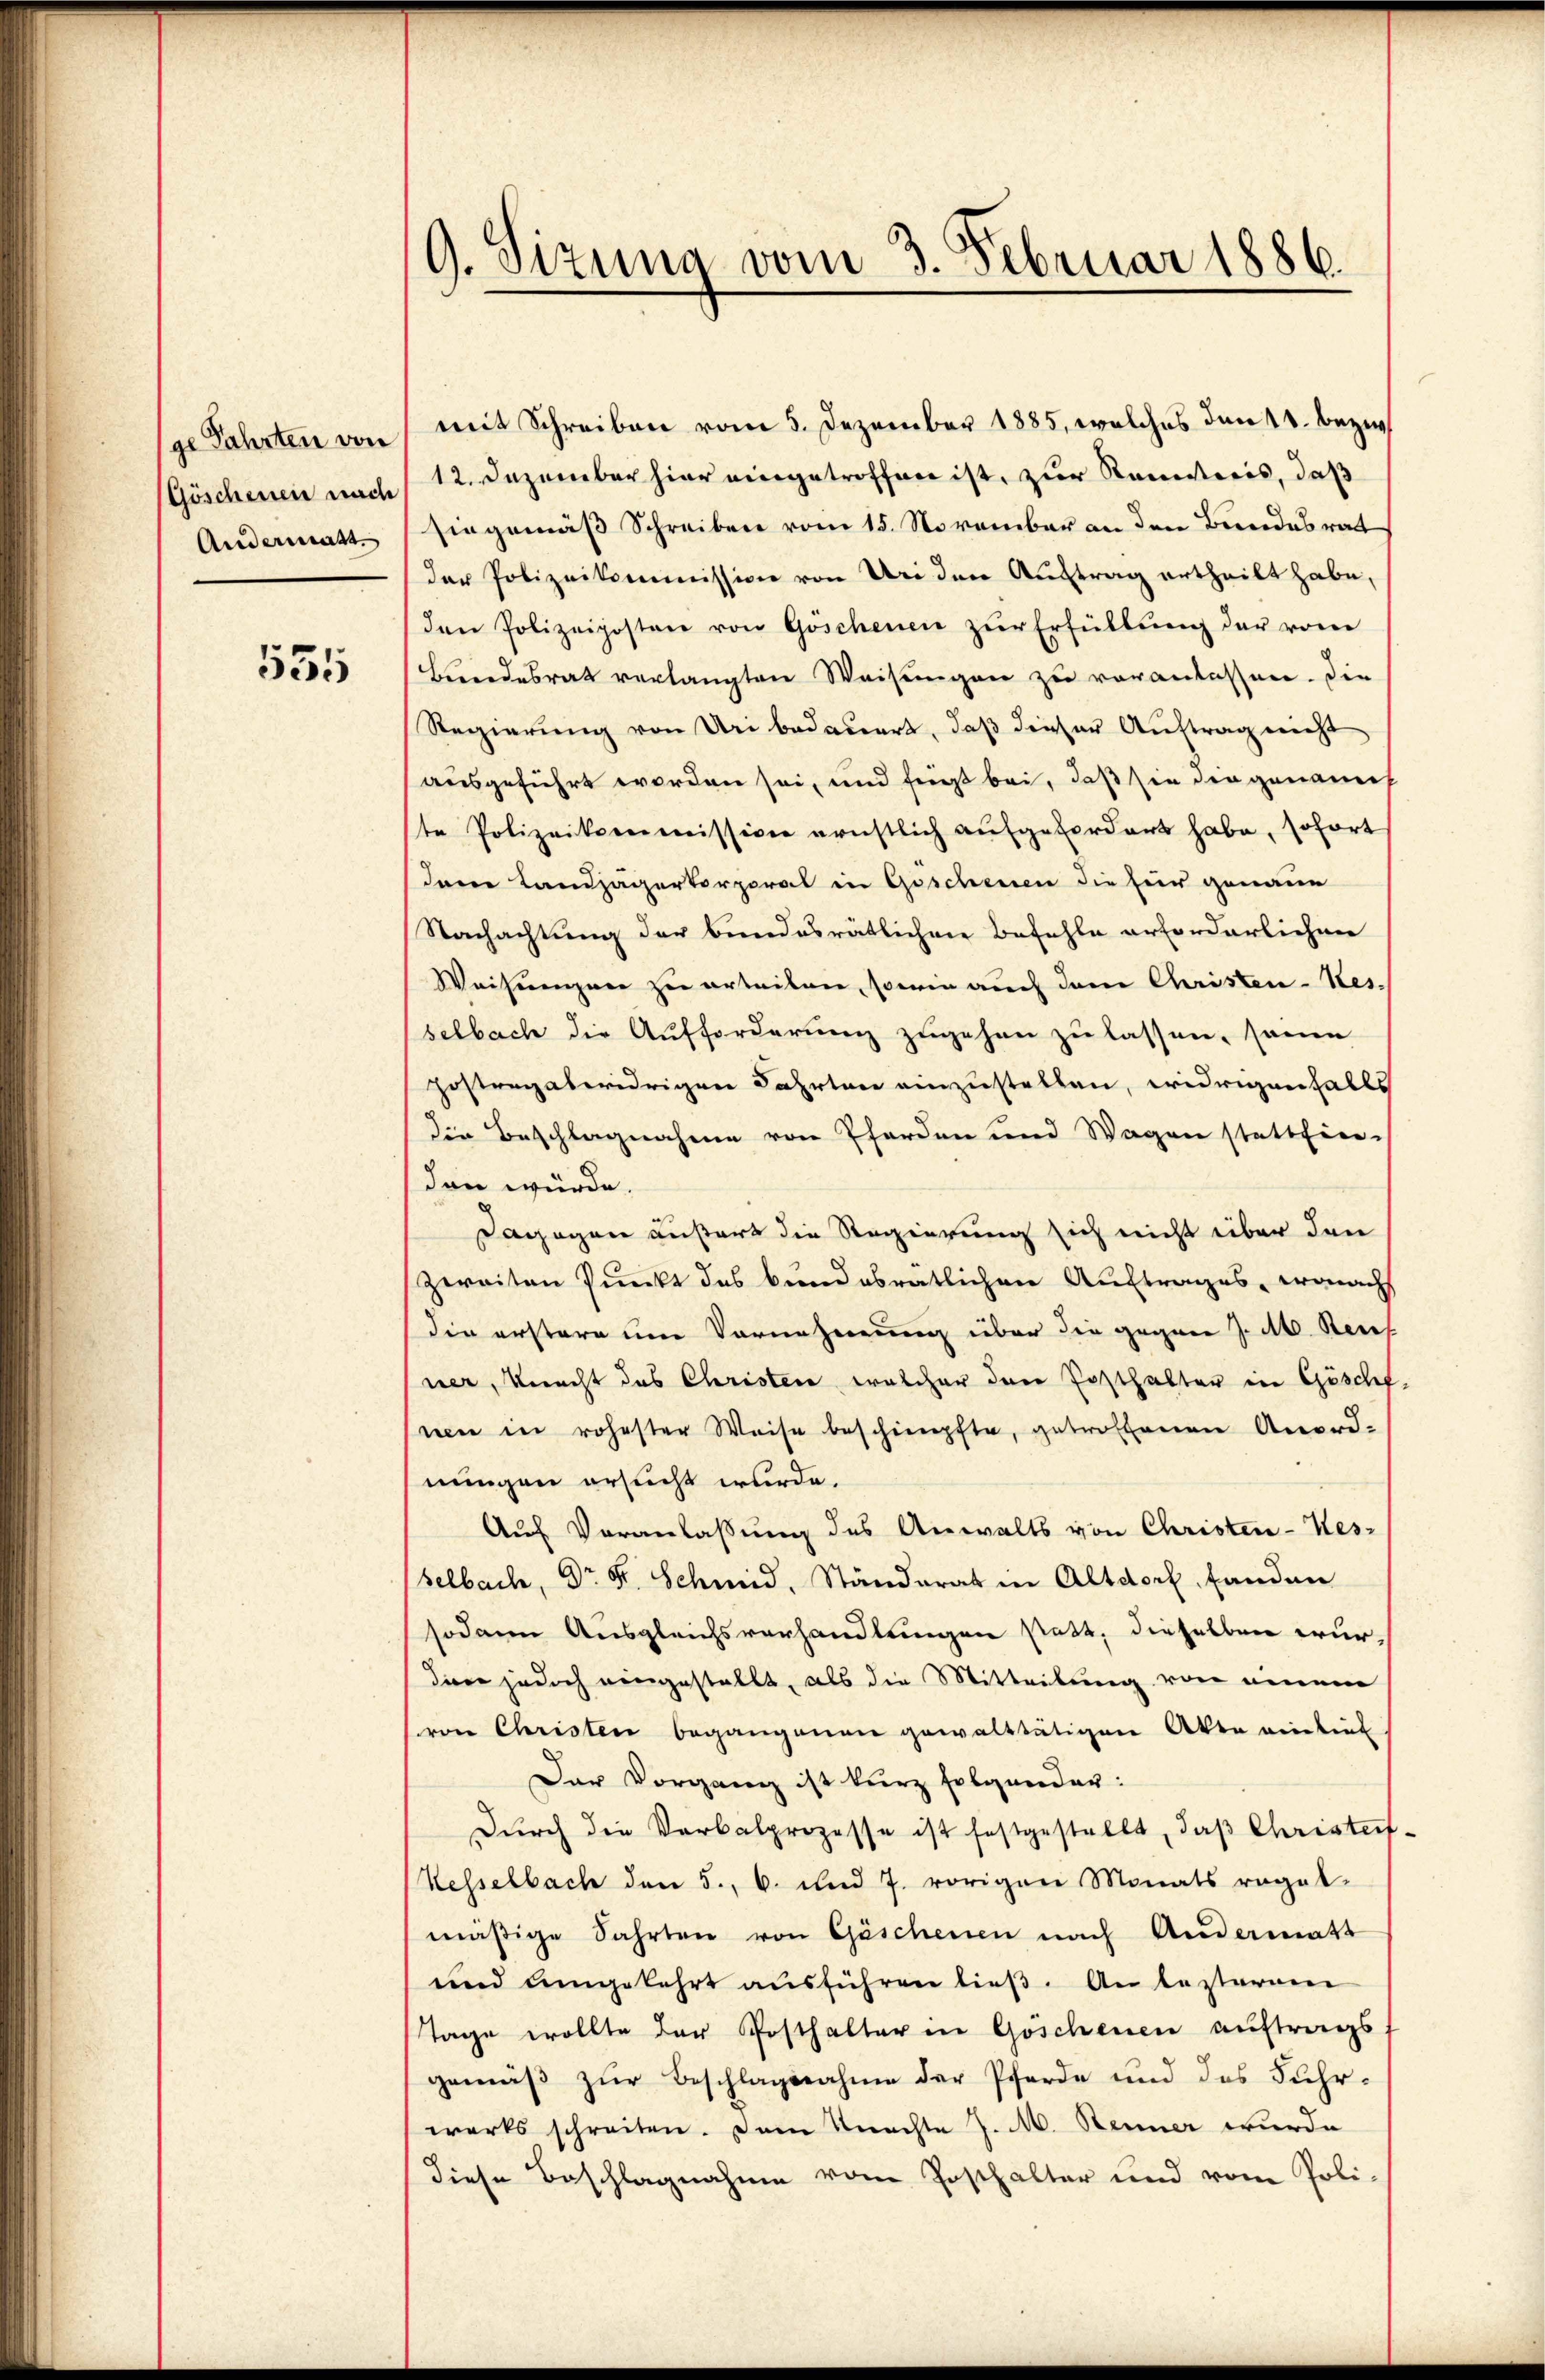
ge Fahrten von
(Göschenen nach
Andermatt.

535

9. Sizung vom 3. Februar 1886.

mit Schreiben vom 5. Dezember 1885, welches den 18. Bezi
12. Dezember hier eingetroffen ist, zur Renitoris, daß
siegemäß Schreiben vom 15. November an den Bundesrat
der Polizeikommission von Uri den Auftrag ertheilt habe,
den Polizeiposten von Göschenen zŭr Erfüllŭng der vom
Bundesrat verlangten Weisungen zu veranlassen. Die
Regierung von Uri bedauert, daß dieser Auftrag nicht
ausgeführt worden sei, und fügt bei, daß sie die genannt
ste Polizeikommissiven ernstlich aufgefordert habe, sofort
Jene Landjägerkorporal in Geschenen die für genaue
Nachachtung der bundesrätlicher Befehle erforderlichen
Weisungen zu erteilen, sowie auch dem Christen-Kes-
selbach die Aufforderung zugehen zu lassen, sonn
gostrag aberidrigen Fahrten einzustellen, widrigenfalls
die Beschlagnahme von Pferden und Wagen statthier-
dann würde.
Dagegen äußert die Regierung sich nicht über den
zweiten Punkt des bundesrätlichen Auftrages, wonach
die erstere um Vornehmung über die gegen J. M. Reces
ner, Knecht des Christen, welcher den Posthalter in Göschf.
uen in rohester Weise beschimpfte, getroffenen Anord-
nungen ersucht wurde.
Auf Veranlassung des Anwalts von Christen-Kes-
selbach, Dr. F. Schmid, Ständerat in Altdorf, fanden
sodann Ausgleichsverhandlungen statt, dieselben wurdine jedoch eingestellt, als die Mitteilung von einem
von Christen begangenen gewalttätigen Akte vierbiet
Der Vorgang ist kurz folgender:
Dŭrch die Verbalprozesse ist festgestellt, daß Christeif.
Kesselbach den 5. 6. und 7. vorigen Monats ragal-
mäßige Fahrten von Göschenen nach Andermatt
und umgekehrt ausführen ließ. An lezteren
Tage wollte der Posthalter in Goschenen auftrags,
gemäß zur Beschlagsnahme der Pferde und des Fuhrwerks schreiten. Dem Knachte J. M. Renner wurde
diese Beschlagnahme vom Posthalter und vom Poli-